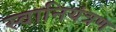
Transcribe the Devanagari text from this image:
स्वानियंत्रण